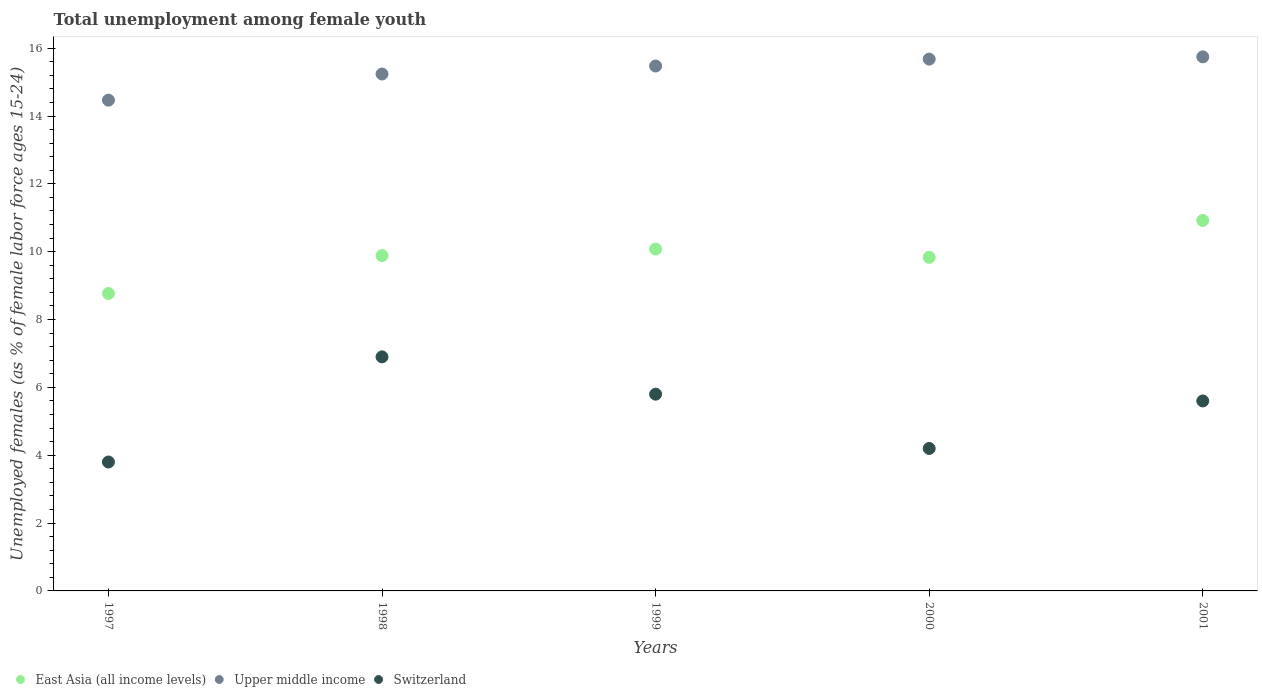
| Years | East Asia (all income levels) | Upper middle income | Switzerland |
 | --- | --- | --- | --- |
 | 1997 | 8.77 | 14.5 | 3.8 |
 | 1998 | 9.88 | 15.2 | 6.9 |
 | 1999 | 10.1 | 15.5 | 5.8 |
 | 2000 | 9.83 | 15.7 | 4.2 |
 | 2001 | 10.9 | 15.7 | 5.6 |